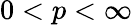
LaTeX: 0<p<\infty